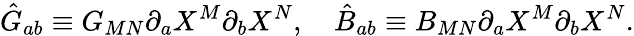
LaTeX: \hat{G}_{ab}\equiv G_{MN}\partial_{a}X^{M}\partial_{b}X^{N},\ \ \ \ \hat{B}_{ab}\equiv B_{MN}\partial_{a}X^{M}\partial_{b}X^{N}.